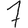
Digit: 7